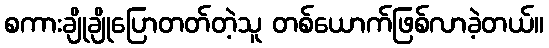
စကားချိုချိုပြောတတ်တဲ့သူ တစ်ယောက်ဖြစ်လာခဲ့တယ်။